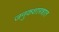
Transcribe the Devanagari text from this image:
जनुकशास्त्रात